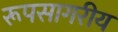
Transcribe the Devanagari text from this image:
रूपसागरीय